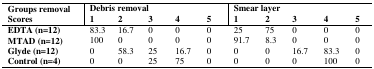
| <ROWSPAN=2> Groups removalScores | <COLSPAN=5> Debris removal | <COLSPAN=5> Smear layer |
 | 1 | 2 | 3 | 4 | 5 | 1 | 2 | 3 | 4 | 5 |
 | --- | --- | --- | --- | --- | --- | --- | --- | --- | --- | --- |
 | EDTA (n=12) | 83.3 | 16.7 | 0 | 0 | 0 | 25 | 75 | 0 | 0 | 0 |
 | MTAD (n=12) | 100 | 0 | 0 | 0 | 0 | 91.7 | 8.3 | 0 | 0 | 0 |
 | Glyde (n=12) | 0 | 58.3 | 25 | 16.7 | 0 | 0 | 0 | 16.7 | 83.3 | 0 |
 | Control (n=4) | 0 | 0 | 25 | 75 | 0 | 0 | 0 | 0 | 100 | 0 |